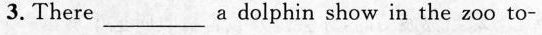
3. There_________a dolphin show in the zoo to-